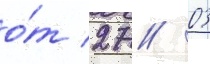
о́т 27 // 03